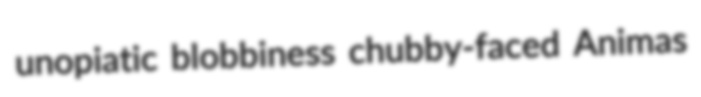
unopiatic blobbiness chubby-faced Animas